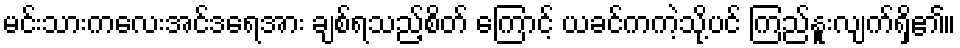
မင်းသားကလေးအင်ဒရေအား ချစ်ရသည့်စိတ် ကြောင့် ယခင်ကကဲ့သို့ပင် ကြည်နူးလျက်ရှိ၏။